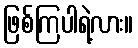
ဖြစ်ကြပါရဲ့လား။